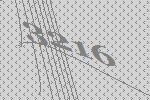
3216